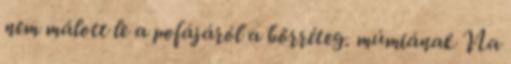
nem málott le a pofájáról a bőrréteg. múmiának Na